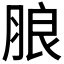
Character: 𱼋